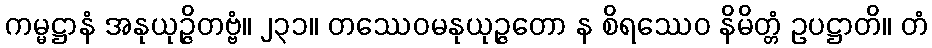
ကမ္မဋ္ဌာနံ အနုယုဉ္ဇိတဗ္ဗံ။ ၂၃၁။ တဿေဝမနုယုဉ္ဇတော န စိရဿေဝ နိမိတ္တံ ဥပဋ္ဌာတိ။ တံ